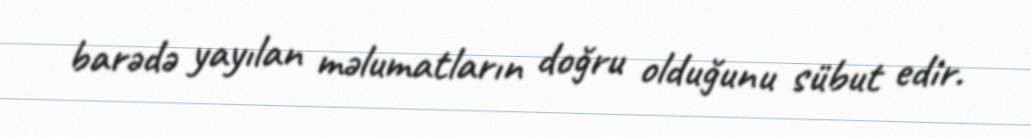
barədə yayılan məlumatların doğru olduğunu sübut edir.